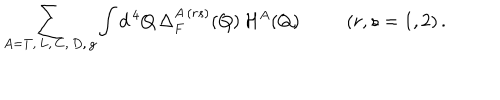
\sum _ { A = T , \, L , \, C , \, D , \, g } \int d ^ { \, 4 } Q \, \Delta _ { F } ^ { A \, ( r s ) } ( Q ) \, { \cal H } ^ { A } ( Q ) ( r , s = 1 , 2 ) \, .